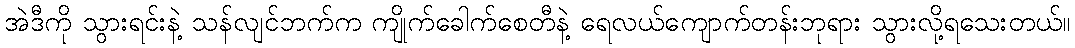
အဲဒီကို သွားရင်းနဲ့ သန်လျင်ဘက်က ကျိုက်ခေါက်စေတီနဲ့ ရေလယ်ကျောက်တန်းဘုရား သွားလို့ရသေးတယ်။